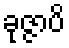
ခုဇ္ဇာပိ